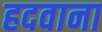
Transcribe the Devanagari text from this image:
हदवाना